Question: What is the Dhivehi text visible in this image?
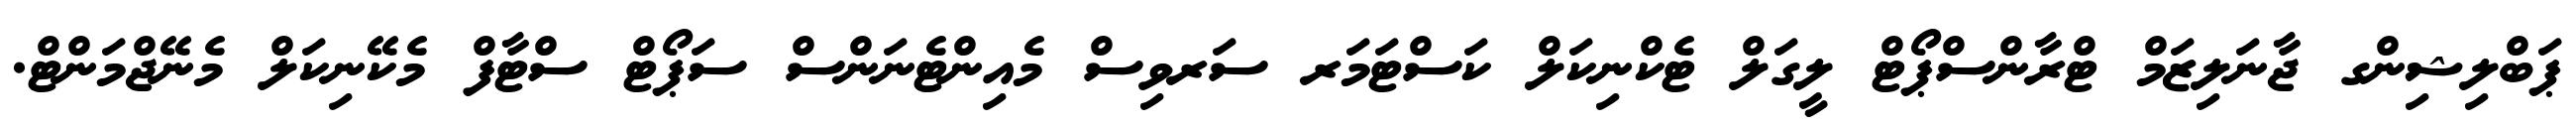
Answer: ޕަބްލިޝިންގ ޖާނަލިޒަމް ޓްރާންސްޕޯޓް ލީގަލް ޓެކްނިކަލް ކަސްޓަމަރ ސަރވިސް މެއިންޓެނަންސް ސަޕޯޓް ސްޓާފް މެކޭނިކަލް މެނޭޖްމަންޓް.